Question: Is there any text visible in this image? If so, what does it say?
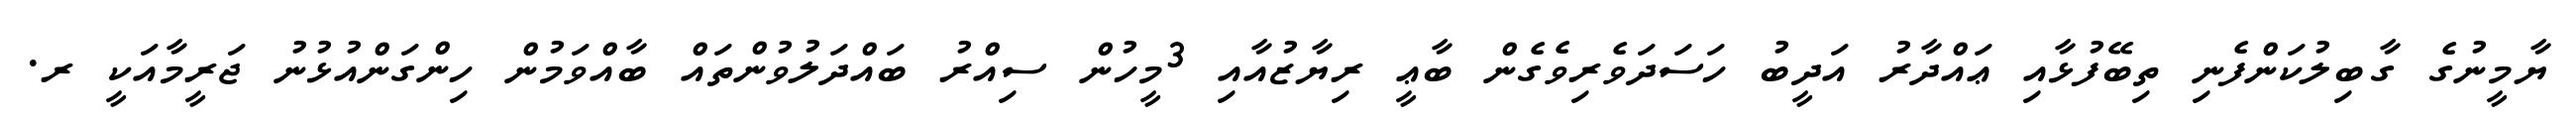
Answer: ޔާމީނުގެ ގާބިލުކަންފެނި ތިބޭފުޅާއި ޢައްދާރު އަދީބު ހަސަދަވެރިވެގެން ބާޢީ ރިޔާޒުއާއި 3މީހުން ސިއްރު ބައްދަލުވުންތައް ބާއްވަމުން ހިންގަންއުޅުނު ޖަރީމާއަކީ ރ.